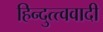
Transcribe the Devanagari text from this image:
हिन्दुत्त्ववादी